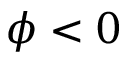
\phi < 0